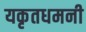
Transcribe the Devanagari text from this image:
यकृतधमनी